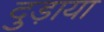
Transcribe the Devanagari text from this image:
दुड़ाया